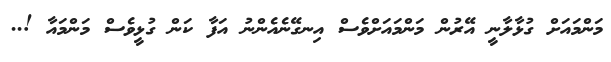
މަންމައަށް ގުޅާލާނީ އޭރުން މަަންމައަށްވެސް އިނގޭނެއެންނު އަފާ ކަން ގުޅީވެސް މަންމައާ !..